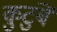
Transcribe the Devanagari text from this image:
कुटुंबें